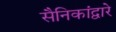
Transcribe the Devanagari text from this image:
सैनिकांद्वारे